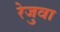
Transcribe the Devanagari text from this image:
रेजुवा